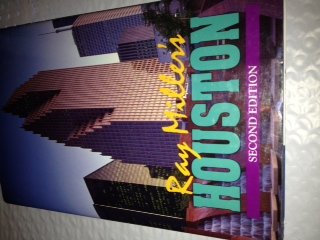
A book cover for Ray Miller's Houston; Ray Miller; Travel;